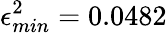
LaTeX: \epsilon_{min}^{2}=0.0482